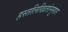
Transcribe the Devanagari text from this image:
हस्तलिखितांनुसार